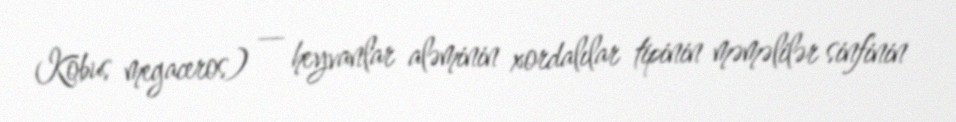
Kobus megaceros) — heyvanlar aləminin xordalılar tipinin məməlilər sinfinin